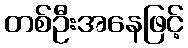
တစ်ဦးအနေဖြင့်